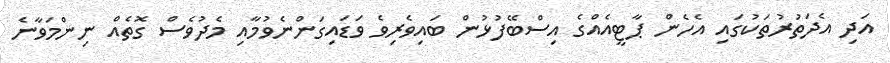
އަދި އެދަތުރުތަކުގައި އެހެން ޕާޓީއެއްގެ އިސްބޭފުޅުން ބައިވެރިވެ ވަޑައިގަންނެވުމާއި މެދުވެސް ގޮތެއް ނިންމަވާނެ